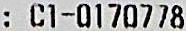
: C1-0170778